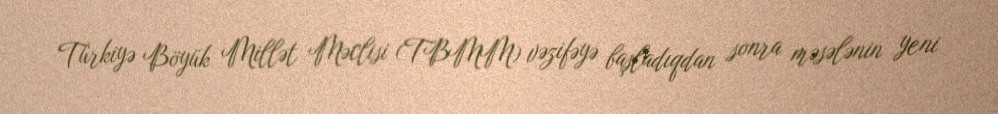
Türkiyə Böyük Millət Məclisi (TBMM) vəzifəyə başladıqdan sonra məsələnin yeni